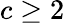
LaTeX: c\geq 2